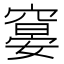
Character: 𰩖